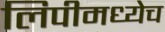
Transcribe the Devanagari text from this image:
लिपीमध्येच